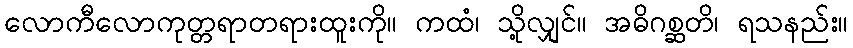
လောကီလောကုတ္တရာတရားထူးကို။ ကထံ၊ သို့လျှင်။ အဓိဂစ္ဆတိ၊ ရသနည်း။